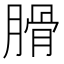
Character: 𦞽